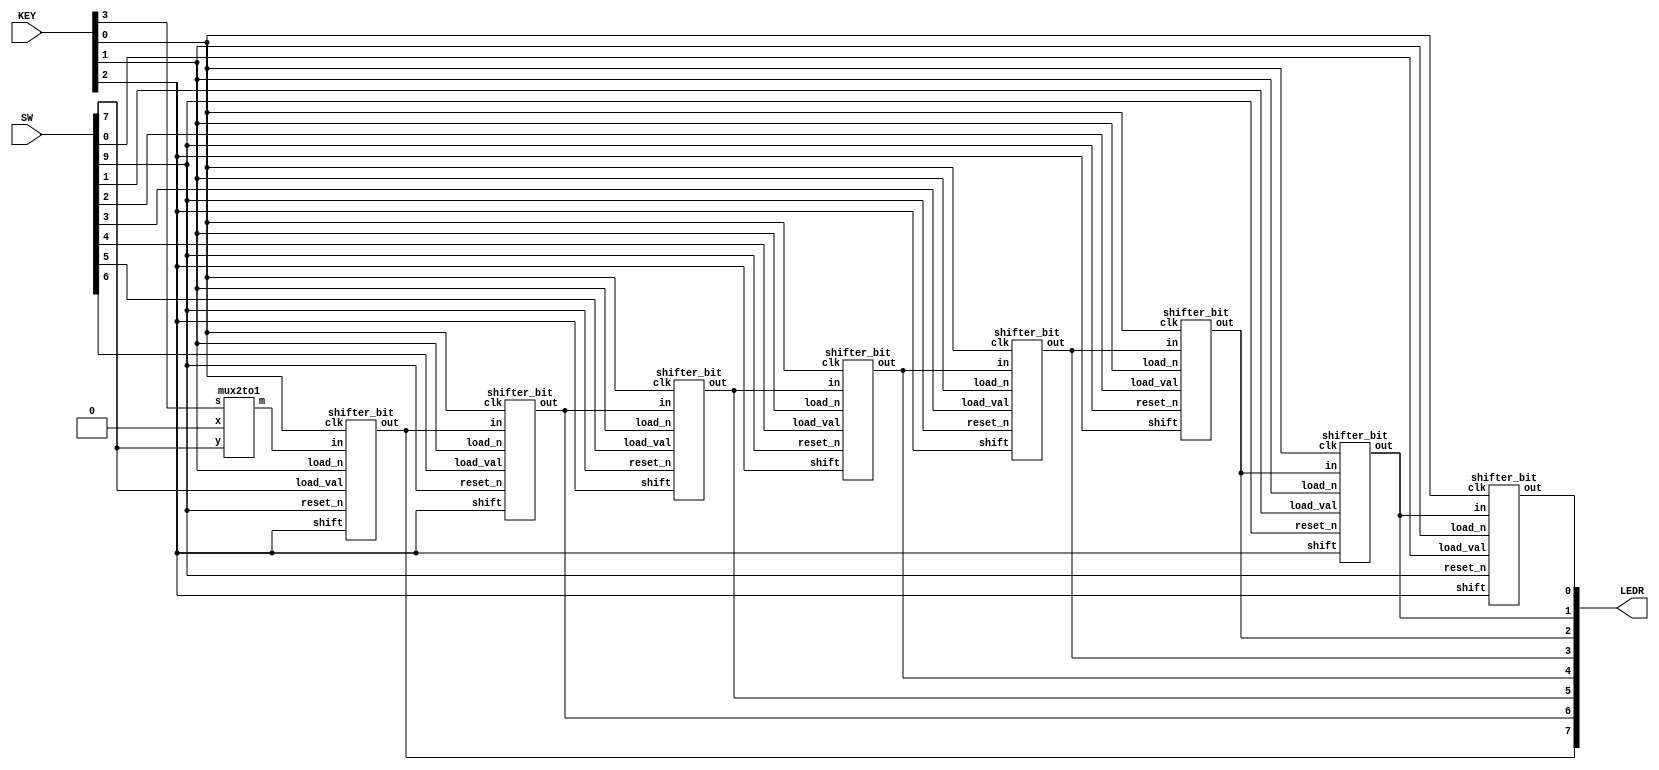
module shift_register(SW, KEY, LEDR);
	input [9:0] SW;
	input [3:0] KEY;
	output [7:0] LEDR;
	
	wire w7, w6, w5, w4, w3, w2, w1;
	wire c;
	
	mux2to1 m0(1'b0, SW[7], KEY[3], c);
	
	shifter_bit sb7(SW[7], KEY[1], KEY[2], c, KEY[0], SW[9], w7);
	shifter_bit sb6(SW[6], KEY[1], KEY[2], w7, KEY[0], SW[9], w6);
	shifter_bit sb5(SW[5], KEY[1], KEY[2], w6, KEY[0], SW[9], w5);
	shifter_bit sb4(SW[4], KEY[1], KEY[2], w5, KEY[0], SW[9], w4);
	shifter_bit sb3(SW[3], KEY[1], KEY[2], w4, KEY[0], SW[9], w3);
	shifter_bit sb2(SW[2], KEY[1], KEY[2], w3, KEY[0], SW[9], w2);
	shifter_bit sb1(SW[1], KEY[1], KEY[2], w2, KEY[0], SW[9], w1);
	shifter_bit sb0(SW[0], KEY[1], KEY[2], w1, KEY[0], SW[9], LEDR[0]);
	
	assign LEDR[7] = w7;
	assign LEDR[6] = w6;
	assign LEDR[5] = w5;
	assign LEDR[4] = w4;
	assign LEDR[3] = w3;
	assign LEDR[2] = w2;
	assign LEDR[1] = w1;
	
endmodule

module shifter_bit(load_val, load_n, shift, in, clk, reset_n, out);
	input load_val, load_n, shift, in, clk, reset_n;
	output out;
	
	wire w0, w1, w2;
	
	mux2to1 m0(w2, in, shift, w0);
	mux2to1 m1(load_val, w0, load_n, w1);
	flipflop f0(w1, clk, reset_n, w2);
	assign out = w2;
		
endmodule

module flipflop(d, clock, reset_n, q);
	input d, clock, reset_n;
	output q;
	reg q;
	
	always @(posedge clock)
	begin
		if (reset_n == 1'b0)
			q <= 0;
		else
			q <= d;
	end
endmodule

module mux2to1 (x, y, s, m);
	input x; //selected when s is 0
	input y; //selected when s is 1
	input s; //select signal
	output m; //output
	assign m = s & y | ~s & x;
	
endmodule